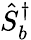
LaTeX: \hat{S}_{b}^{\dagger}